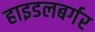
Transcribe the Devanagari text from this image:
हाइडलबर्गर